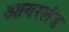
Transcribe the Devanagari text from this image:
आयरलंड